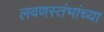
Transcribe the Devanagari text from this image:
लवणस्तंभांच्या